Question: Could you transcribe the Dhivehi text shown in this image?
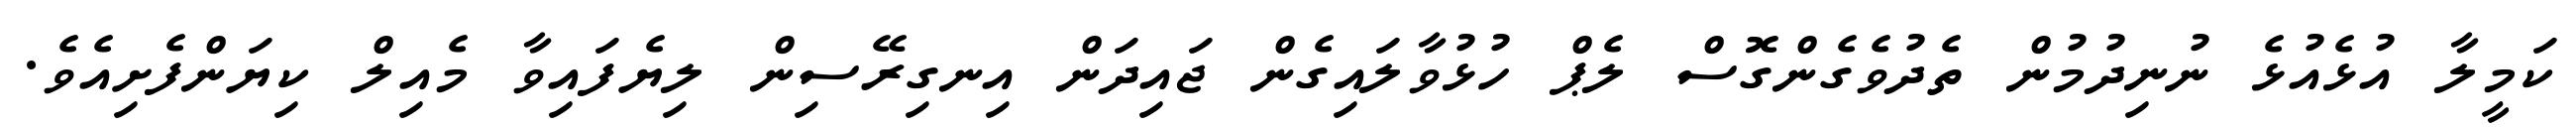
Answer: ކަމީލާ އުޅެއުޅެ ނުނިދުމުން ތެދުވެގެންގޮސް ލެޕް ހުޅުވާލައިގެން ޖައިދަން އިނގިރޭސިން ލިޔެފައިވާ މެއިލް ކިޔަންފެށިއެވެ.